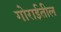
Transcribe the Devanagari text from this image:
गोराईतील